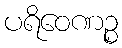
ပရိဝေဏဉ္စ